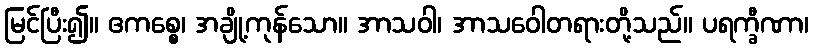
မြင်ပြီး၍။ ဧကစ္စေ၊ အချို့ကုန်သော။ အာသဝါ၊ အာသဝေါတရားတို့သည်။ ပရက္ခီဏာ၊